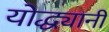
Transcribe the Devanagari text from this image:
योद्ध्यानी